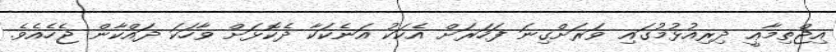
އިޖްތިމާޢީ ދިރިއުޅުމުގައި ވަރަށްގިނަ ފަހަރަށް އެކަކު އަނެކަކާ ދެކޮޅަށް ވާހަކަ ދައްކާން ޖެހެއެވެ.